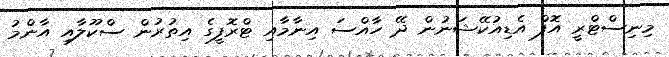
މިނިސްޓްރީ އޮފް އެޑިއުކޭޝަނުން ދޭ ހާއްސަ އިނާމާއި ޓްރޮފީގެ އިތުރުން ސްކޫލާއި އާންމު